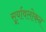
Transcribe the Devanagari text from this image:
सूर्यावलोकन